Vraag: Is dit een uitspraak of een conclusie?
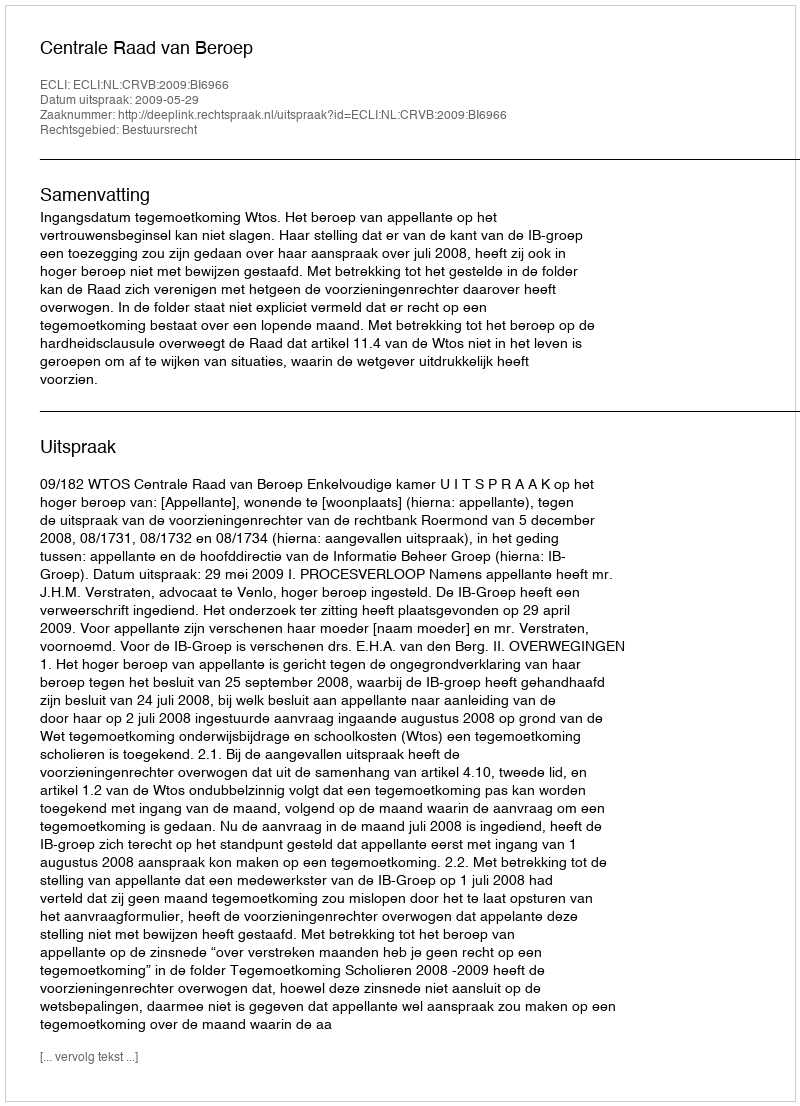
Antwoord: Uitspraak